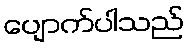
ပျောက်ပါသည်